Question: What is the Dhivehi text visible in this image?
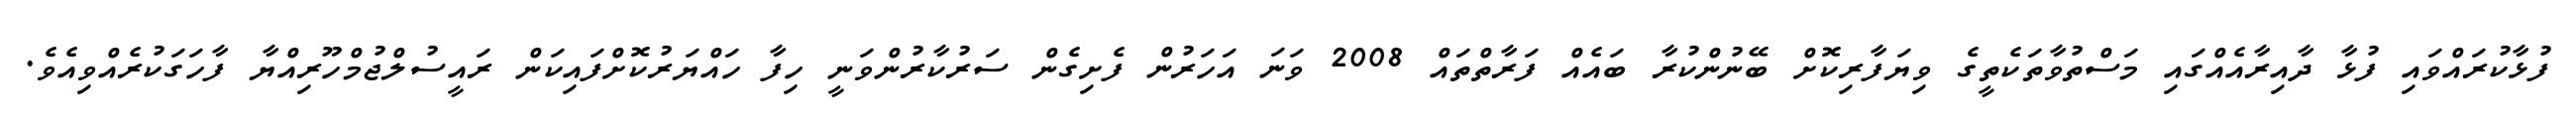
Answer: ފުޅާކުރައްވައި ފުޅާ ދާއިރާއެއްގައި މަސްތުވާތަކެތީގެ ވިޔަފާރިކޮށް ބޭނުންކުރާ ބައެއް ފަރާތްތައް 2008 ވަނަ އަހަރުން ފެށިގެން ސަރުކާރުންވަނީ ހިފާ ހައްޔަރުކޮށްފައިކަން ރައީސުލްޖުމްހޫރިއްޔާ ފާހަގަކުރެއްވިއެވެ.